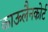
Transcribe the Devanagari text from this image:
काऊलैनकोर्ट